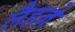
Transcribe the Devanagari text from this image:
लैहज़े